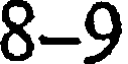
8-9